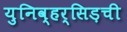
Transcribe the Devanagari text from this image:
युनिव्हर्सिड़ची